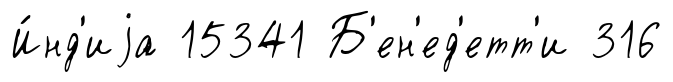
И́нд'иjа 15341 Б'ен'ед'етт'и 316